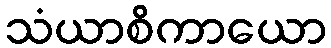
သံယာစိကာယော